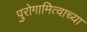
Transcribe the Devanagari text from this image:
पुरोगामित्वाच्या